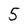
Character: 5